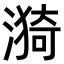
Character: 漪